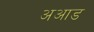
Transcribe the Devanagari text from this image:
अआड